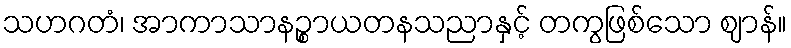
သဟဂတံ၊ အာကာသာနဉ္စာယတနသညာနှင့် တကွဖြစ်သော ဈာန်။